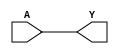

module BUF(A, Y);
input A;
output Y;
assign Y = A;
endmodule

module NOT(A, Y);
input A;
output Y;
//assign #(0.7:2:3.1) Y = ~A;
assign Y = ~A;

endmodule

module NAND(A, B, Y);
input A, B;
output Y;
//assign #(1:4:5) Y = ~(A & B);
assign Y = ~(A & B);
endmodule

module NOR(A, B, Y);
input A, B;
output Y;
//assign #(0.4:1:1.9) Y = ~(A | B);
assign Y = ~(A | B);
endmodule

module DFF(C, D, Q);
input C, D;
output reg Q;
always @(posedge C)
//#(1:1.2:1.7) Q <= D;
Q <= D;
endmodule

module DFFSR(C, D, Q, S, R);
input C, D, S, R;
output reg Q;
always @(posedge C, posedge S, posedge R)
	if (S)
		Q <= 1'b1;
	else if (R)
		Q <= 1'b0;
	else
		Q <= D;
endmodule